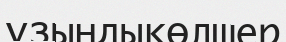
ұзындықөлшер